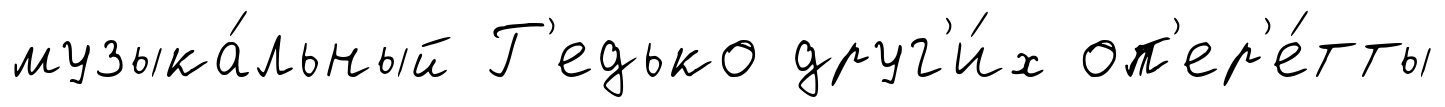
музыка́льный Г'едько друг'и́х оп'ер'е́тты